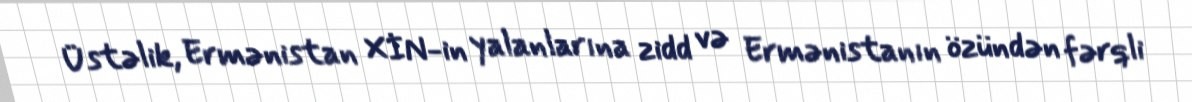
Üstəlik, Ermənistan XİN-in yalanlarına zidd və Ermənistanın özündən fərqli